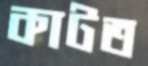
কাটত